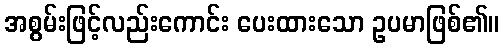
အစွမ်းဖြင့်လည်းကောင်း ပေးထားသော ဥပမာဖြစ်၏။